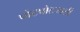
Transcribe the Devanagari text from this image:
पोटपोटजाती